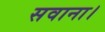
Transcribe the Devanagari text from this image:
सवाना।